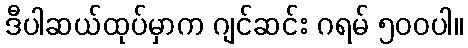
ဒီပါဆယ်ထုပ်မှာက ဂျင်ဆင်း ဂရမ် ၅၀၀ပါ။